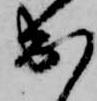
出